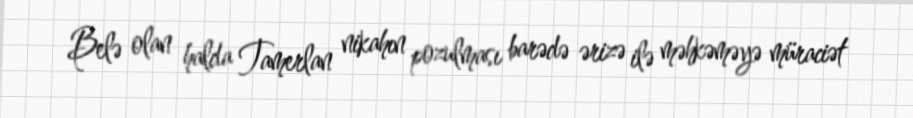
Belə olan halda Tamerlan nikahın pozulması barədə ərizə ilə məhkəməyə müraciət